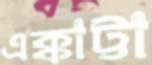
এক্কাট্টা